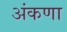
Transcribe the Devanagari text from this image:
अंकणा